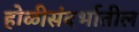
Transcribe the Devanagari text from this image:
होळीसंदर्भातील